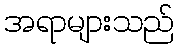
အရာများသည်